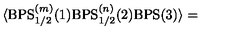
\langle \mathrm { B P S } _ { 1 / 2 } ^ { ( m ) } ( 1 ) \mathrm { B P S } _ { 1 / 2 } ^ { ( n ) } ( 2 ) \mathrm { B P S } ( 3 ) \rangle =